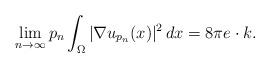
LaTeX: \begin{align*}\lim_{n\rightarrow \infty}p_n\int_\Omega |\nabla u_{p_n}(x)|^2\,dx= 8\pi e\cdot k.\end{align*}